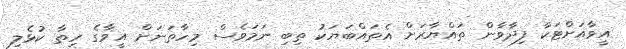
އީވާއަށްޓަކާ ފިދާވާން ތައްޔާރަށް އެތައްބަޔަކު ތިބި ނަމަވެސް މިހާތަނަށް އީވާގެ ހިތާ ކުޅެލި